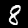
Label: 8